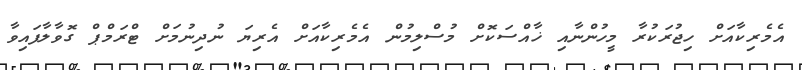
އެމެރިކާއަށް ހިޖުރަކުރާ މީހުންނާއި ޚާއްސަކޮށް މުސްލިމުން އެމެރިކާއަށް އެރިޔަ ނުދިނުމަށް ޓްރަމްޕް ގޮވާލާފައިވާ